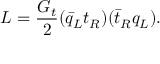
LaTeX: { \cal L } = \frac { G _ { t } } { 2 } ( \bar { q } _ { L } t _ { R } ) ( \bar { t } _ { R } q _ { L } ) .